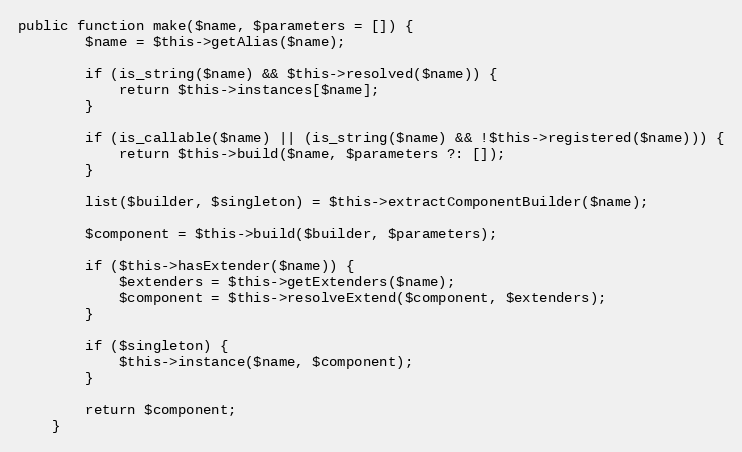
Language: PHP
public function make($name, $parameters = []) {
		$name = $this->getAlias($name);

		if (is_string($name) && $this->resolved($name)) {
			return $this->instances[$name];
		}

		if (is_callable($name) || (is_string($name) && !$this->registered($name))) {
			return $this->build($name, $parameters ?: []);
		}

		list($builder, $singleton) = $this->extractComponentBuilder($name);

		$component = $this->build($builder, $parameters);

		if ($this->hasExtender($name)) {
			$extenders = $this->getExtenders($name);
			$component = $this->resolveExtend($component, $extenders);
		}

		if ($singleton) {
			$this->instance($name, $component);
		}

		return $component;
	}